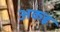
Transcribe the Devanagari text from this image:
अकइ